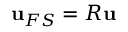
\mathbf { u } _ { F S } = R \mathbf { u }